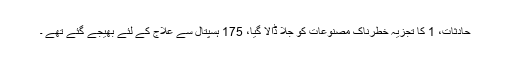
حادثات، 1 کا تجزیہ خطرناک مصنوعات کو جلا ڈالا گیا، 175 ہسپتال سے علاج کے لئے بھیجے گئے تھے ۔